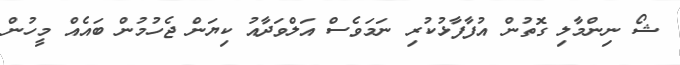
ޝޯ ނިންމާލި ގޮތުން އުފާފާޅުކުރި ނަމަވެސް އަލްވަދާއު ކިޔަން ޖެހުމުން ބައެއް މީހުން